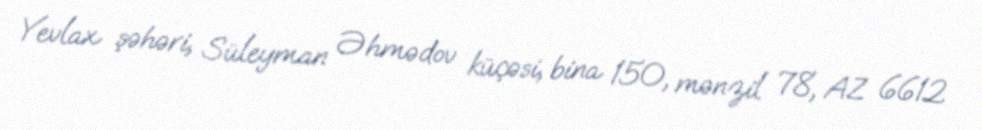
Yevlax şəhəri, Süleyman Əhmədov küçəsi, bina 150, mənzil 78, AZ 6612